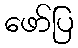
ဖော်ပြ